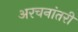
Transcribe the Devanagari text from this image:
अरचनांतरी